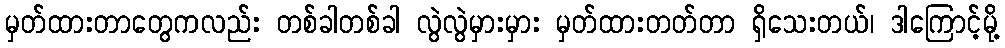
မှတ်ထားတာတွေကလည်း တစ်ခါတစ်ခါ လွဲလွဲမှားမှား မှတ်ထားတတ်တာ ရှိသေးတယ်၊ ဒါကြောင့်မို့